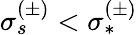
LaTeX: \sigma_{s}^{(\pm)}<\sigma_{*}^{(\pm)}